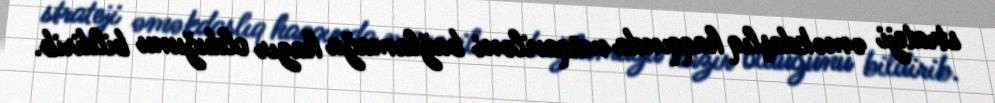
strateji əməkdaşlıq haqqında müqaviləni bağlamağa hazır olduğunu bildirib.